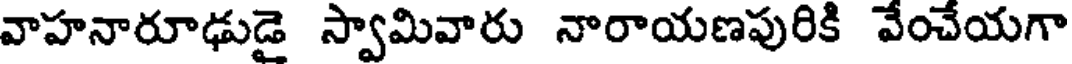
వాహనారూఢుడై స్వామివారు నారాయణపురికి వేంచేయగా